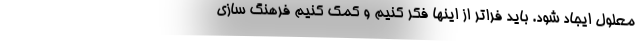
معلول ایجاد شود. باید فراتر از اینها فکر کنیم و کمک کنیم فرهنگ سازی